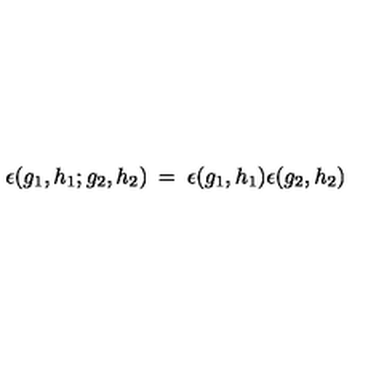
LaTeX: \epsilon ( g _ { 1 } , h _ { 1 } ; g _ { 2 } , h _ { 2 } ) \: = \: \epsilon ( g _ { 1 } , h _ { 1 } ) \epsilon ( g _ { 2 } , h _ { 2 } )